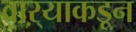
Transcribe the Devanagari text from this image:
वाऱ्याकडून